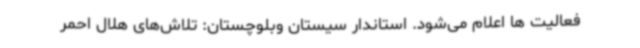
فعالیت ها اعلام می‌شود. استاندار سیستان وبلوچستان: تلاش‌های هلال احمر